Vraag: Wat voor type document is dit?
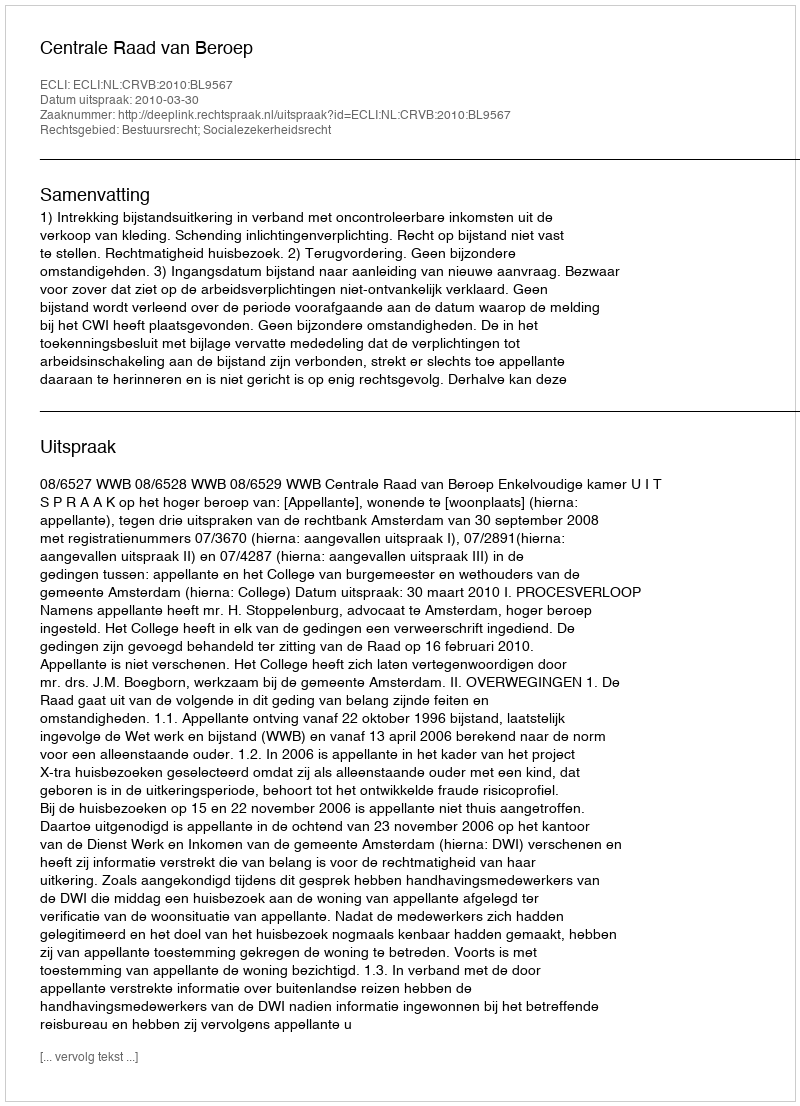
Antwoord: Uitspraak